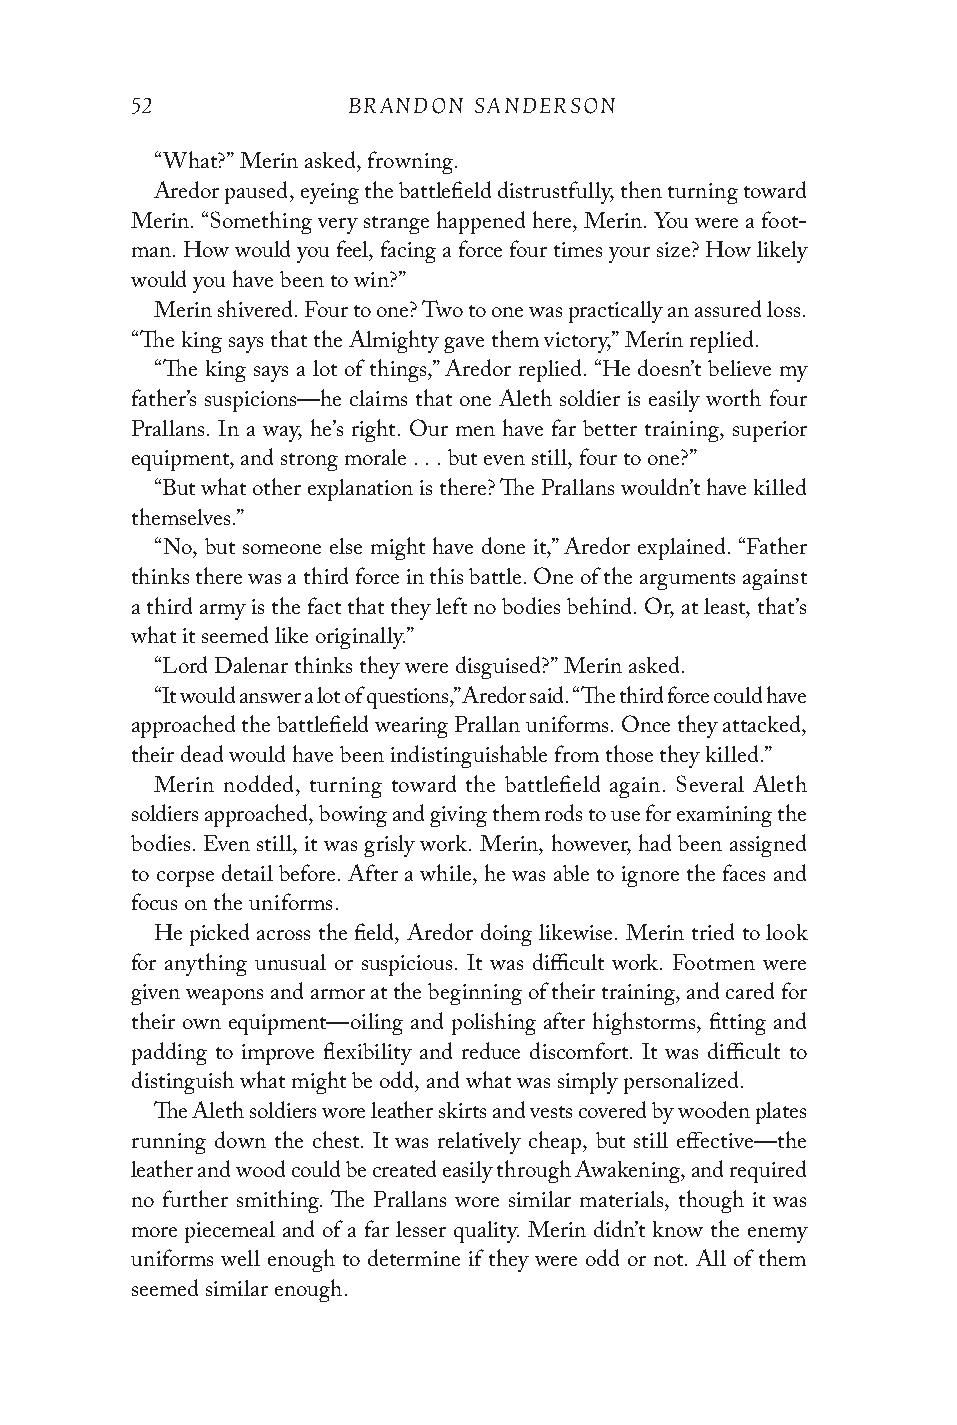
52            BRANDON SANDERSON
 “What?” Merin asked, frowning.
 Aredor paused, eyeing the battlefield distrustfully, then turning toward
 Merin. “Something very strange happened here, Merin. You were a foot-
 man. How would you feel, facing a force four times your size? How likely
 would you have been to win?”
 Merin shivered. Four to one? Two to one was practically an assured loss.
 “The king says that the Almighty gave them victory,” Merin replied.
 “The king says a lot of things,” Aredor replied. “He doesn’t believe my
 father’s suspicions—he claims that one Aleth soldier is easily worth four
 Prallans. In a way, he’s right. Our men have far better training, superior
 equipment, and strong morale . . . but even still, four to one?”
 “But what other explanation is there? The Prallans wouldn’t have killed
 themselves.”
 “No, but someone else might have done it,” Aredor explained. “Father
 thinks there was a third force in this battle. One of the arguments against
 a third army is the fact that they left no bodies behind. Or, at least, that’s
 what it seemed like originally.”
 “Lord Dalenar thinks they were disguised?” Merin asked.
 “It would answer a lot of questions,” Aredor said. “The third force could have
 approached the battlefield wearing Prallan uniforms. Once they attacked,
 their dead would have been indistinguishable from those they killed.”
 Merin nodded, turning toward the battlefield again. Several Aleth
 soldiers approached, bowing and giving them rods to use for examining the
 bodies. Even still, it was grisly work. Merin, however, had been assigned
 to corpse detail before. After a while, he was able to ignore the faces and
 focus on the uniforms.
 He picked across the field, Aredor doing likewise. Merin tried to look
 for anything unusual or suspicious. It was difficult work. Footmen were
 given weapons and armor at the beginning of their training, and cared for
 their own equipment—oiling and polishing after highstorms, fitting and
 padding to improve flexibility and reduce discomfort. It was difficult to
 distinguish what might be odd, and what was simply personalized.
 The Aleth soldiers wore leather skirts and vests covered by wooden plates
 running down the chest. It was relatively cheap, but still effective—the
 leather and wood could be created easily through Awakening, and required
 no further smithing. The Prallans wore similar materials, though it was
 more piecemeal and of a far lesser quality. Merin didn’t know the enemy
 uniforms well enough to determine if they were odd or not. All of them
 seemed similar enough.